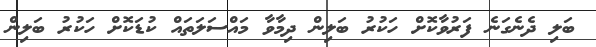
ބަލި ދެނެގަނެ ފަރުވާކޮށް ހަކުރު ބަލިން ދިމާވާ މައްސަލަތައް ކުޑަކޮށް ހަކުރު ބަލިން